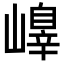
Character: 𡽁